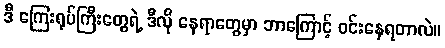
ဒီ ကြေးရုပ်ကြီးတွေရဲ့ ဒီလို နေရာတွေမှာ ဘာကြောင့် ဝင်းနေရတာလဲ။